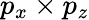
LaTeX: p_{x}\times p_{z}